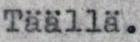
Täällä.